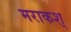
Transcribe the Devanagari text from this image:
मराकश्